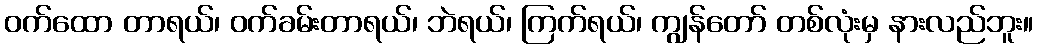
ဝက်ထော တာရယ်၊ ဝက်ခမ်းတာရယ်၊ ဘဲရယ်၊ ကြက်ရယ်၊ ကျွန်တော် တစ်လုံးမှ နားလည်ဘူး။